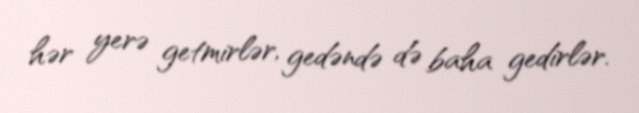
hər yerə getmirlər, gedəndə də baha gedirlər.